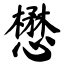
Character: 懋